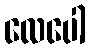
လေပေါ